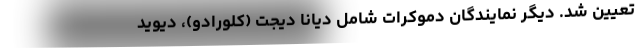
تعیین شد. دیگر نمایندگان دموکرات شامل دیانا دیجت (کلورادو)، دیوید